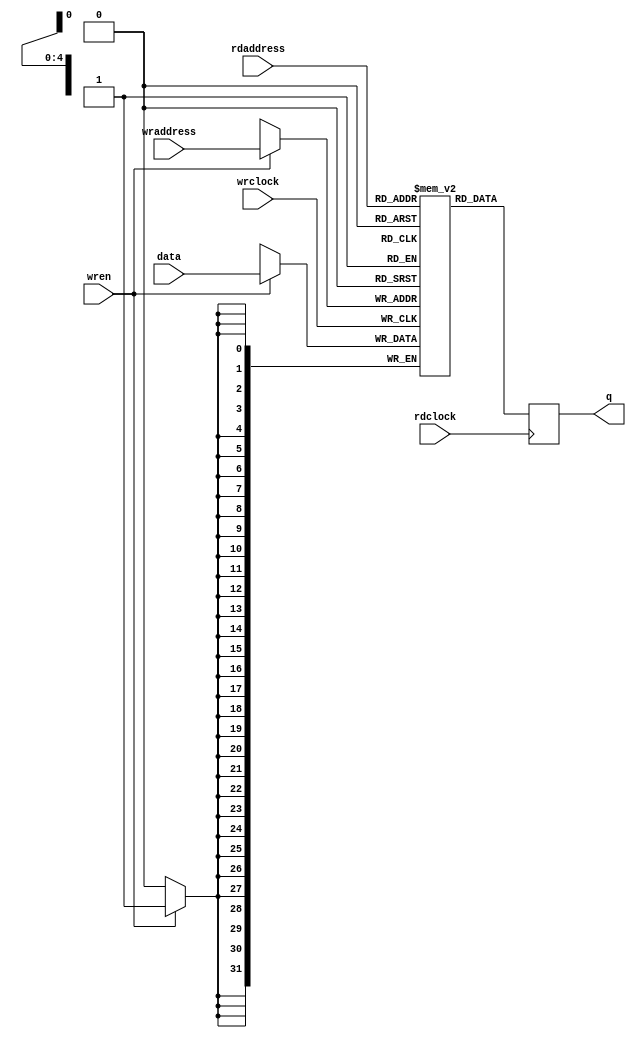
module ram_32x32_dp
	(
	input			wrclock,
	input			wren,
	input	[4:0]		wraddress,
	input	[31:0]		data,
	input			rdclock,
	input	[4:0]		rdaddress,
	output	reg	[31:0]	q 
	);

reg	[31:0]	mem_a [0:31];

always @(posedge wrclock) if(wren) mem_a[wraddress] <= data;

always @(posedge rdclock) q <= mem_a[rdaddress];


endmodule